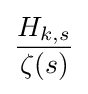
{\frac {H_{k,s}}{\zeta (s)}}